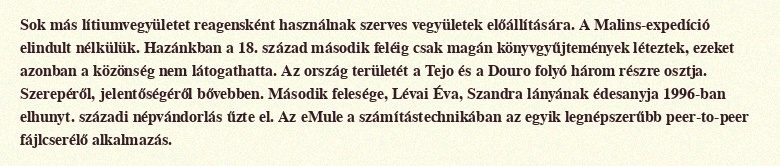
Sok más lítiumvegyületet reagensként használnak szerves vegyületek előállítására. A Malins-expedíció elindult nélkülük. Hazánkban a 18. század második feléig csak magán könyvgyűjtemények léteztek, ezeket azonban a közönség nem látogathatta. Az ország területét a Tejo és a Douro folyó három részre osztja. Szerepéről, jelentőségéről bővebben. Második felesége, Lévai Éva, Szandra lányának édesanyja 1996-ban elhunyt. századi népvándorlás űzte el. Az eMule a számítástechnikában az egyik legnépszerűbb peer-to-peer fájlcserélő alkalmazás.